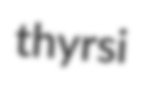
thyrsi